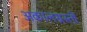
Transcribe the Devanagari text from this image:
अकालग्रस्तों